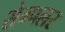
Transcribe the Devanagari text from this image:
सेम्पलर